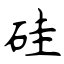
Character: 硅